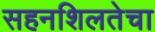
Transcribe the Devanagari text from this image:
सहनशिलतेचा